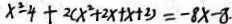
x ^ { 2 } - 4 + 2 ( x ^ { 2 } + 2 x + x + 2 ) = - 8 x - 8 .